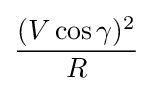
{\frac {(V\cos {\gamma })^{2}}{R}}